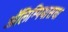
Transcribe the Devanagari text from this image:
ऑलिम्पियासचा